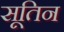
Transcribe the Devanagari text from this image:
सूतिन